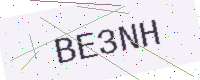
Text: BE3NH